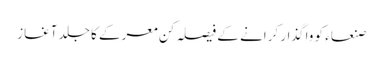
صنعاء کو واگذار کرانے کے فیصلہ کن معرکے کا جلد آغاز